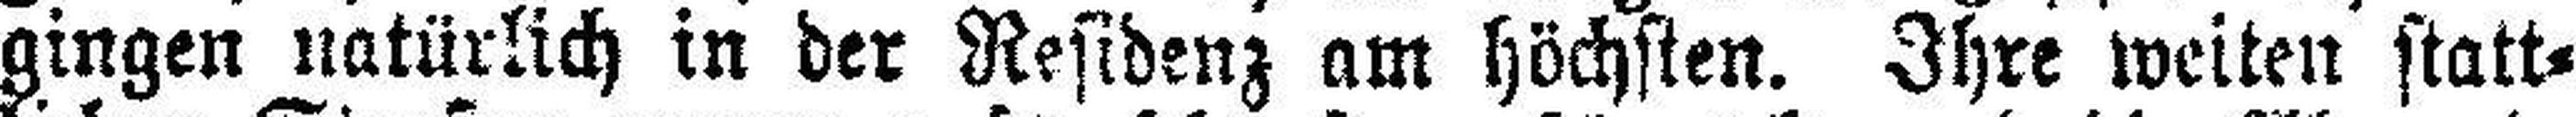
gingen natürlich in der Residenz am höchsten. Ihre weiten statt¬